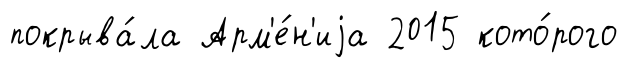
покрыва́ла Арм'е́н'иjа 2015 кото́рого